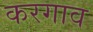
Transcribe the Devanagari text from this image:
करगाव